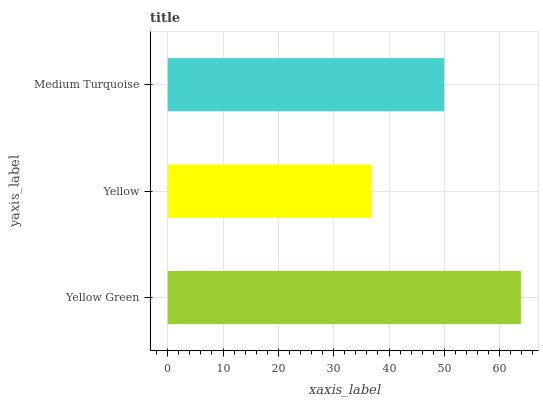
| yaxis_label | bars |
 | --- | --- |
 | Yellow Green | 63.8 |
 | Yellow | 36.8 |
 | Medium Turquoise | 50 |